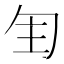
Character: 𠣕